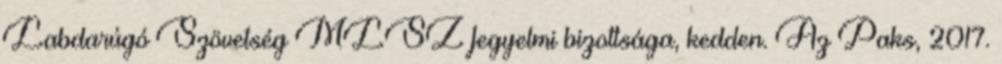
Labdarúgó Szövetség MLSZ fegyelmi bizottsága, kedden. Az Paks, 2017.